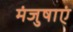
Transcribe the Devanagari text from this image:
मंजुषाएं